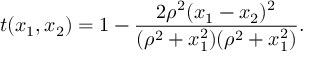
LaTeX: t ( x _ { 1 } , x _ { 2 } ) = 1 - \frac { 2 \rho ^ { 2 } ( x _ { 1 } - x _ { 2 } ) ^ { 2 } } { ( \rho ^ { 2 } + x _ { 1 } ^ { 2 } ) ( \rho ^ { 2 } + x _ { 1 } ^ { 2 } ) } .